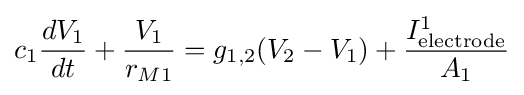
c_{1}{\frac {dV_{1}}{dt}}+{\frac {V_{1}}{r_{M1}}}=g_{1,2}(V_{2}-V_{1})+{\frac {I_{\text{electrode}}^{1}}{A_{1}}}